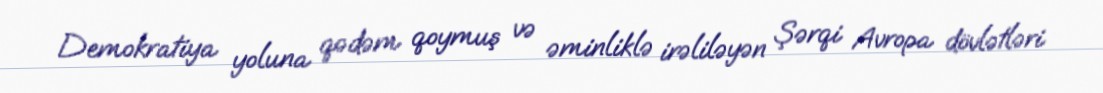
Demokratiya yoluna qədəm qoymuş və əminliklə irəliləyən Şərqi Avropa dövlətləri